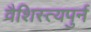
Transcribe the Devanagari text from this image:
वैशिस्त्यपुर्न